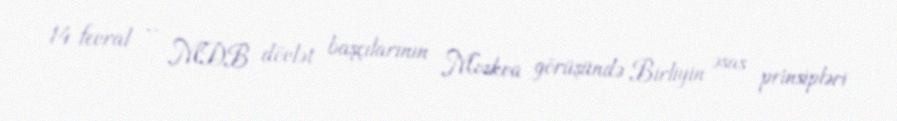
14 fevral – MDB dövlət başçılarının Moskva görüşündə Birliyin əsas prinsipləri